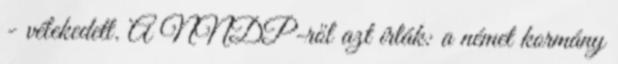
- vélekedett. A NNDP-ről azt írták: a német kormány